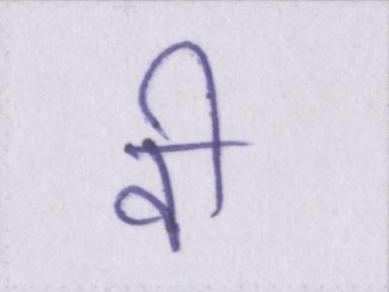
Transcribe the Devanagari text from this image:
वी